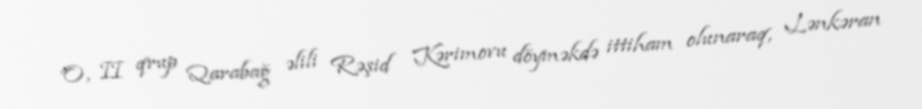
O, II qrup Qarabağ əlili Rəşid Kərimovu döyməkdə ittiham olunaraq, Lənkəran